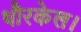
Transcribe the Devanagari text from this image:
थौरकेल।